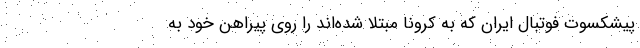
پیشکسوت فوتبال ایران که به کرونا مبتلا شده‌اند را روی پیراهن خود به